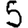
Digit: 5